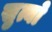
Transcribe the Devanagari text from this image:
सुत्यो